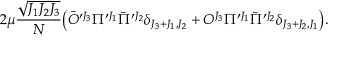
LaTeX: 2 \mu { \frac { \sqrt { J _ { 1 } J _ { 2 } J _ { 3 } } } { N } } \big ( \bar { O } ^ { \prime J _ { 3 } } \Pi ^ { \prime J _ { 1 } } \bar { \Pi } ^ { \prime J _ { 2 } } \delta _ { J _ { 3 } + J _ { 1 } , J _ { 2 } } + O ^ { J _ { 3 } } \Pi ^ { \prime J _ { 1 } } \bar { \Pi } ^ { \prime J _ { 2 } } \delta _ { J _ { 3 } + J _ { 2 } , J _ { 1 } } \big ) .